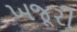
ખજૂરી